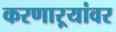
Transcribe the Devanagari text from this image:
करणाऱ्यांवर